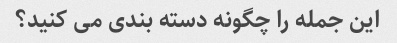
این جمله را چگونه دسته بندی می کنید؟